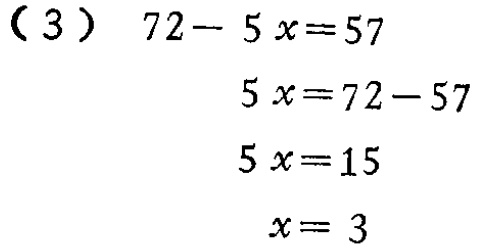
(3)

\[

\begin{align*}

72 - 5x&=57\\

5x&=72 - 57\\

5x&=15\\

x&=3

\end{align*}

\]